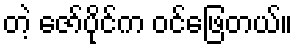
တဲ့ ဇော်ပိုင်က ဝင်ဖြေတယ်။